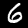
Label: 6